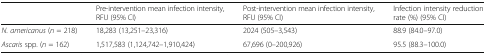
<table><thead><tr><td></td><td><b>Pre-intervention mean infection intensity, RFU (95% CI)</b></td><td><b>Post-intervention mean infection intensity, RFU (95% CI)</b></td><td><b>Infection intensity reduction rate (%) (95% CI)</b></td></tr></thead><tbody><tr><td><i>N. americanus</i> (<i>n</i> = 218)</td><td>18,283 (13,251–23,316)</td><td>2024 (505–3,543)</td><td>88.9 (84.0–97.0)</td></tr><tr><td><i>Ascaris</i> spp. (<i>n</i> = 162)</td><td>1,517,583 (1,124,742–1,910,424)</td><td>67,696 (0–200,926)</td><td>95.5 (88.3–100.0)</td></tr></tbody></table>